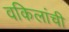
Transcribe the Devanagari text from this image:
वकिलांची